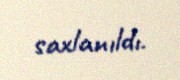
saxlanıldı.